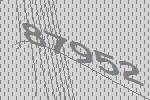
87952